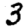
Digit: 3